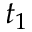
t _ { 1 }